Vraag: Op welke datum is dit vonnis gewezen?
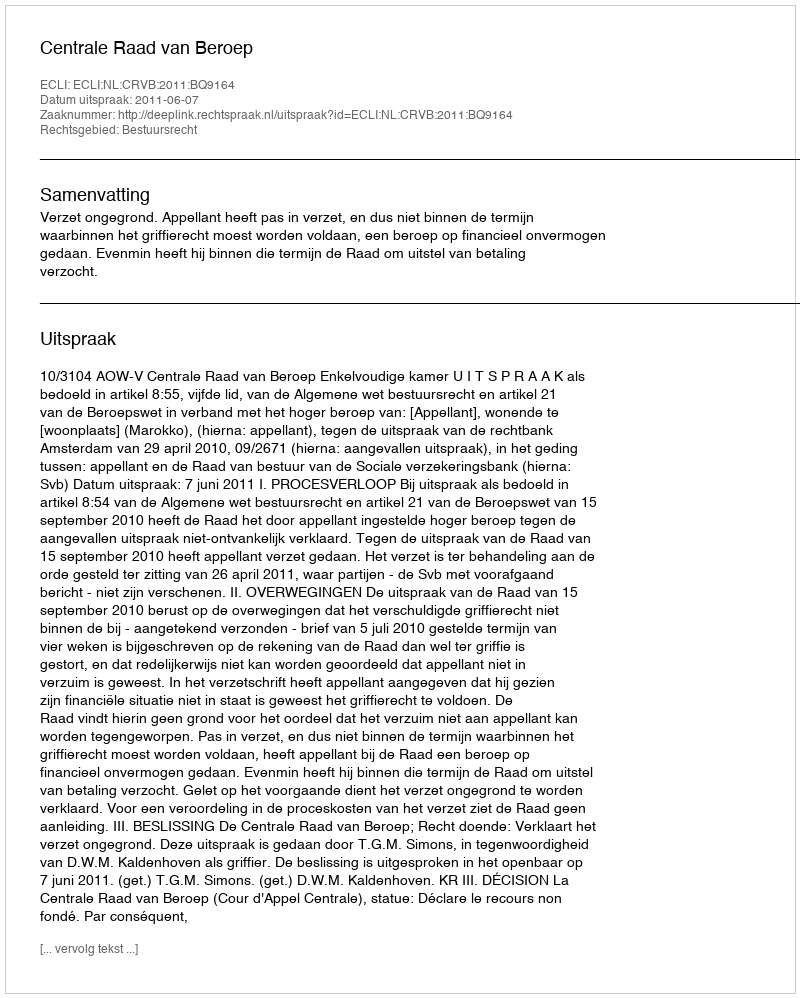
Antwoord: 2011-06-07